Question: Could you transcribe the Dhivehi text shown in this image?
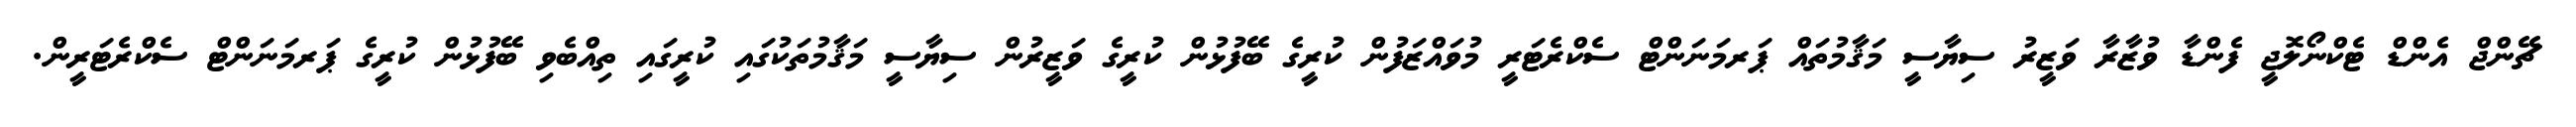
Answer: ޗޭންޖް އެންޑް ޓެކްނޯލޮޖީ ފެންޑާ ވުޒާރާ ވަޒީރު ސިޔާސީ މަޤާމުތައް ޕަރމަނަންޓް ސެކްރެޓަރީ މުވައްޒަފުން ކުރީގެ ބޭފުޅުން ކުރީގެ ވަޒީރުން ސިޔާސީ މަޤާމުތަކުގައި ކުރީގައި ތިއްބެވި ބޭފުޅުން ކުރީގެ ޕަރމަނަންޓް ސެކްރެޓަރީން.